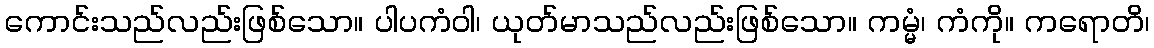
ကောင်းသည်လည်းဖြစ်သော။ ပါပကံဝါ၊ ယုတ်မာသည်လည်းဖြစ်သော။ ကမ္မံ၊ ကံကို။ ကရောတိ၊